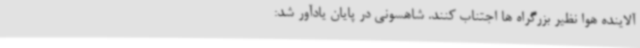
آلاینده هوا نظیر بزرگراه ها اجتناب کنند. شاهسونی در پایان یادآور شد: